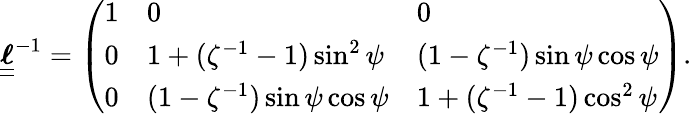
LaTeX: \boldsymbol{\underline{{\underline{{\ell}}}}}^{-1}=\left(\begin{array}{lll}{1}&{0}&{0}\\ {0}&{1+(\zeta^{-1}-1)\sin^{2}\psi}&{(1-\zeta^{-1})\sin\psi\cos\psi}\\ {0}&{(1-\zeta^{-1})\sin\psi\cos\psi}&{1+(\zeta^{-1}-1)\cos^{2}\psi}\end{array}\right).